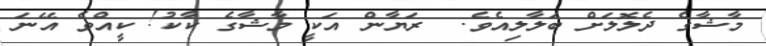
މާޝާގެ ދެލޮލަށް ބަލާލިއެވެ.  ރަޔާން އަކީ މާޝާގެ ކާކު! ކީއްވެ އޭނަ